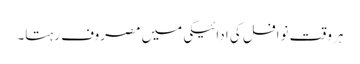
ہر وقت نوافل کی ادائیگی میں مصروف رہتا۔